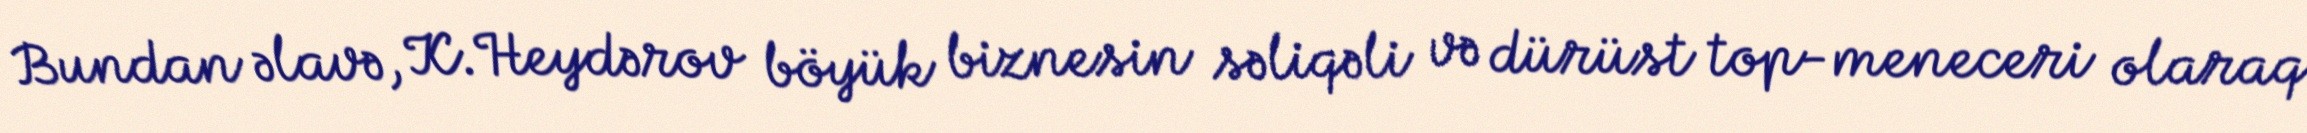
Bundan əlavə, K.Heydərov böyük biznesin səliqəli və dürüst top-meneceri olaraq